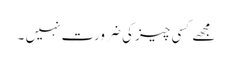
مجھے کسی چیز کی ضرورت نہیں ۔